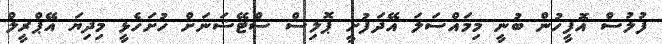
ފުލުސް އޮފީހުން ބުނީ މިމައްސަލަ އޭދަފުށީ ޕޮލިސް ސްޓޭޝަނަށް ހުށަހެޅީ މިދިޔަ އޭޕްރީލް